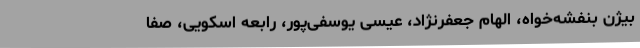
بیژن بنفشه‌خواه، الهام جعفرنژاد، عیسی یوسفی‌پور، رابعه اسکویی، صفا